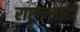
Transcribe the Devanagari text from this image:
राष्ट्रान्नाही